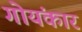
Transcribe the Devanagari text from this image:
गोयंकार